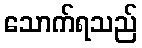
သောက်ရသည်